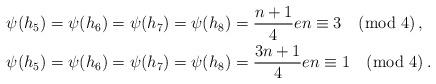
LaTeX: \begin{align*}\psi(h_5)&=\psi(h_6)=\psi(h_7)=\psi(h_8)=\frac{n+1}{4}e n\equiv 3 \pmod{4}\,,\\ \psi(h_5)&=\psi(h_6)=\psi(h_7)=\psi(h_8)=\frac{3n+1}{4}e n\equiv 1 \pmod{4}\,.\end{align*}